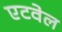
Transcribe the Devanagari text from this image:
एटवेल